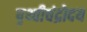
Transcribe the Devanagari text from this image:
पृथ्वीचंद्रोदय